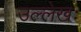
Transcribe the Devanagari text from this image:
उल्लेखः